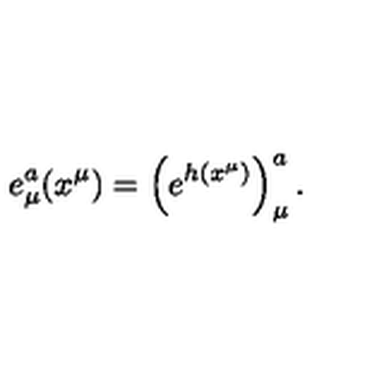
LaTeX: e _ { \mu } ^ { a } ( x ^ { \mu } ) = \left( e ^ { h ( x ^ { \mu } ) } \right) _ { \mu } ^ { a } .